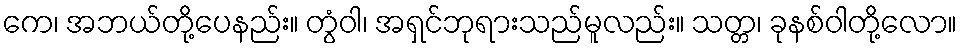
ကေ၊ အဘယ်တို့ပေနည်း။ တွံဝါ၊ အရှင်ဘုရားသည်မူလည်း။ သတ္တ၊ ခုနစ်ဝါတို့လော။